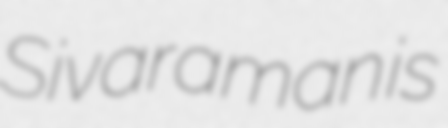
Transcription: Sivaraman is